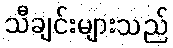
သီချင်းများသည်